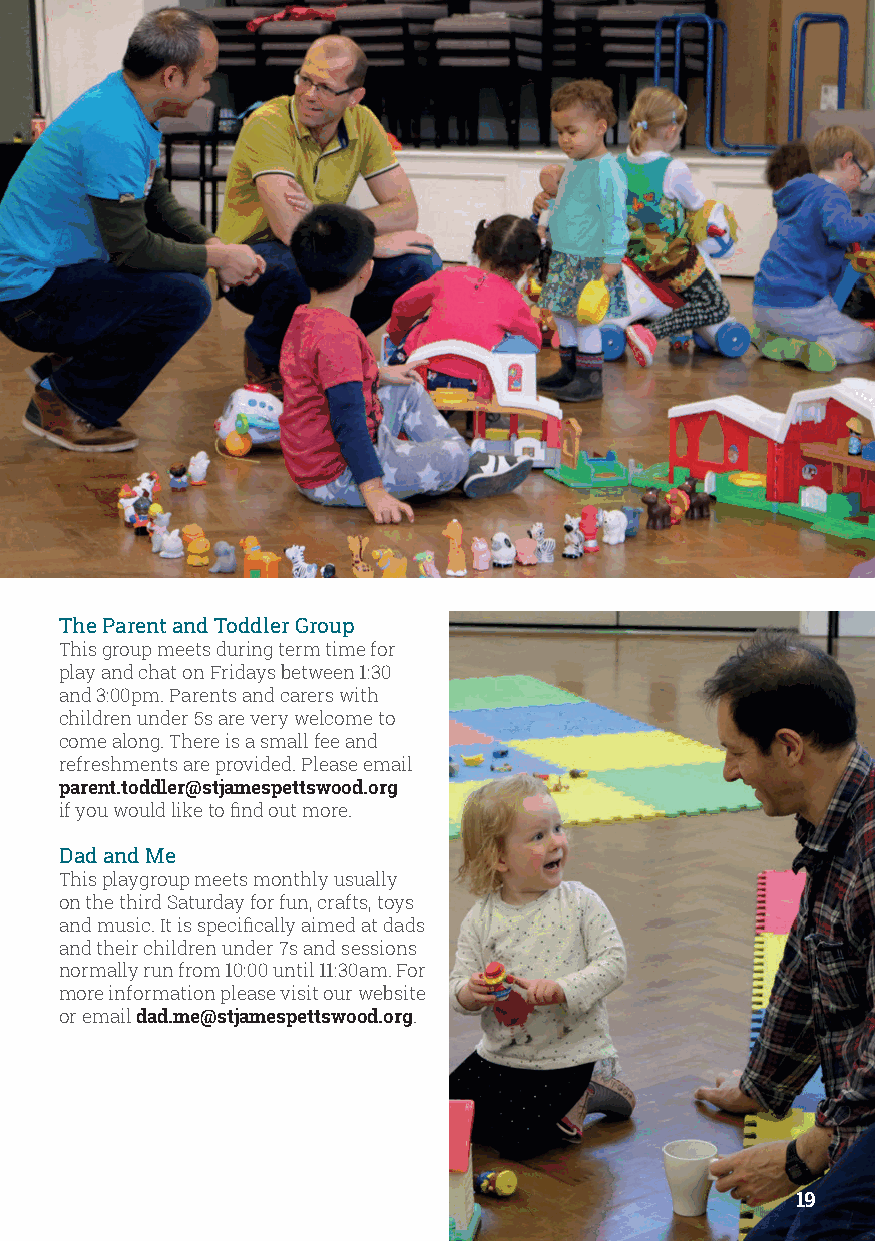
The Parent and Toddler Group
 This group meets during term time for
 play and chat on Fridays between 1:30
 and 3:00pm. Parents and carers with
 children under 5s are very welcome to
 come along. There is a small fee and
 refreshments are provided. Please email
 parent.toddler@stjamespettswood.org
 if you would like to find out more.
 Dad and Me
 This playgroup meets monthly usually
 on the third Saturday for fun, crafts, toys
 and music. It is specifically aimed at dads
 and their children under 7s and sessions
 normally run from 10:00 until 11:30am. For
 more information please visit our website
 or email dad.me@stjamespettswood.org.
 19